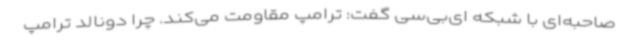
صاحبه‌ای با شبکه ای‌بی‌سی گفت: ترامپ مقاومت می‌کند. چرا دونالد ترامپ